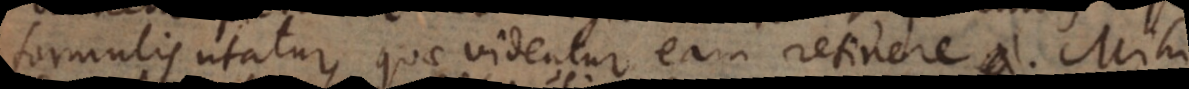
formulis utatur, quae videntur eam retinere. Mihi